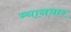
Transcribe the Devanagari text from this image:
म्‍यानमार